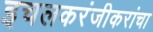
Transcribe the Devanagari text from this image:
इचलकरंजीकरांचा